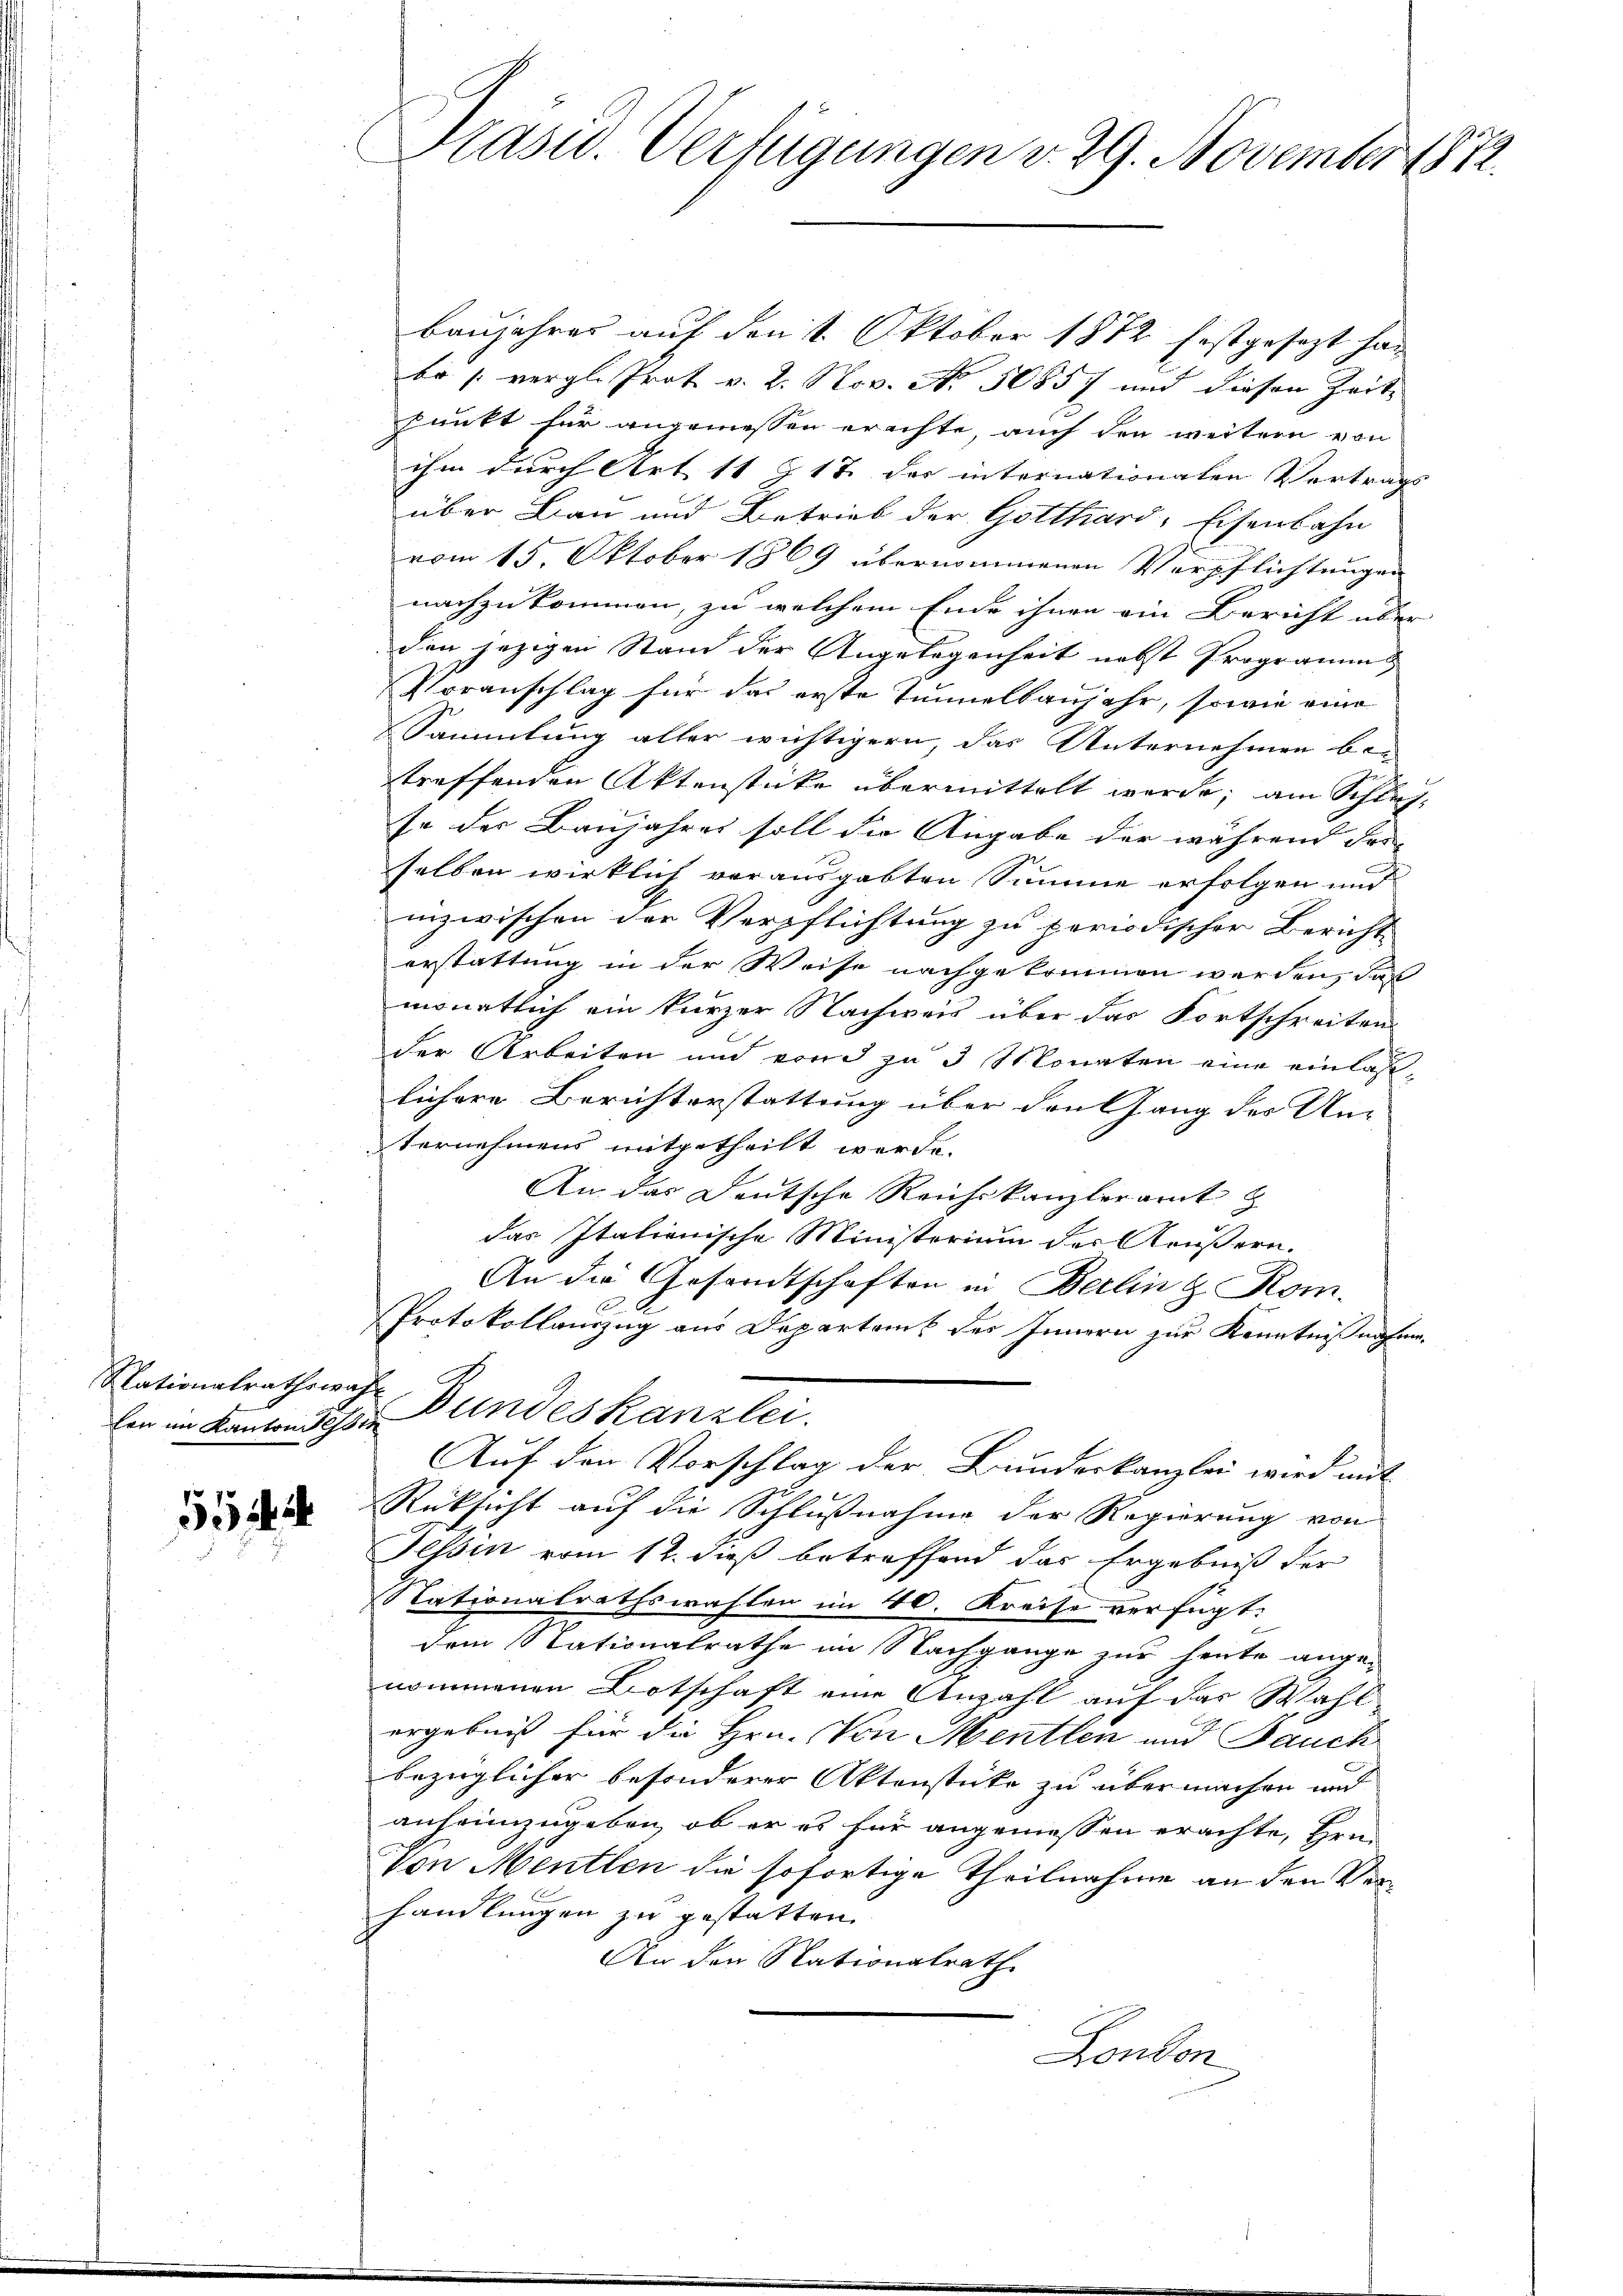
Nationalrathswahl

5

Präsid.. Verfügungen v. 29. November 1872.

Baujahres auf den 1. Oktober 1872 festgesezt han
be (vergl. Prot v. 2. Nov. No. 50857 und diesen Zeit¬
Punkt für angemessen erachte, auch den weitern von
ihm durch Art. 11 Z 17 der internationalen Vertrags
über Bau und Betrieb der Gotthard-Eisenbahn
vom 15. Oktober 1869 übernommenen Verpflichtungen
nachzukommen, zu welchem Ende ihnen ein Bericht über
den jezigen Stand der Angelegenheit nebst Programm
Voranschlag für das erste Tunnelbaujahr, sowie eine
Sammlung aller wichtigern, das Unternehmen be-
treffenden Aktenstücke übermittelt werde, am Schlafse der Baujahres soll die Angabe der während dei-
selben wirklich vorausgabten Summe erfolgen und
inzwischen der Verpflichtung zu periodischer Bericht
erstattung in der Weise nachgekommen werden, daß
monatlich ein kurzer Nachweis über das Fortschreiten
der Arbeiten und von 3 zu 3 Monaten eine einlaslichere Berichterstattung über den Gang der Un-
Vernehmens mitgetheilt werde.
An das Deutsche Reichskanzleramt z
das Italienische Ministerium der Aeussern.
An die Gesandtschaften in Berlin & Rom.
1
Protokollauszug aus Departens des Innern zur Kenntnißnahme
len im Kantonsesser Bundeskanzlei.
Auf den Vorschlag der Bundeskanzlei wird mit
Rüksicht auf die Schlußnahme der Regierung von
Tessin vom 12. dieß betreffend das Ergebniß der
Stationalrathswahlen im 40. Kreise verfügt:
dem Nationalrathe im Nachgange zur heute ange-
nommenen Botschaft eine Anzahl auf das Wahl-
ergebniß für die Hrn. Von Mentlen und Jauch
bezüglicher besonderer Aktenstücke zu übermachen und
anheimzugeben, ob er es für angemessen erachte, Hrn.
Von Mentlen die sofortige Theilnahme an den Verhandlungen zu gestatten.
An den Stationalrath
London